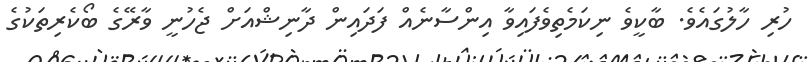
ހުރި ހާލުގައެވެ. ބާާކީވެ ނިކަމެތިވެފައިވާ އިންސާނެއް ފަދައިން ދާނިޝްއަށް ޖެހުނީ ވާރޭގެ ބޯކެރިތަކުުގެ